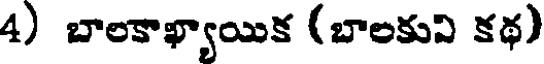
4) బాలకాఖ్యాయిక (బాలకుని కథ)